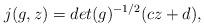
LaTeX: \begin{align*}j(g,z)=det(g)^{-1/2}(cz+d),\end{align*}